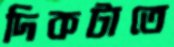
দিকটাতে